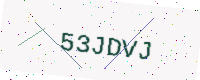
Text: 53JDVJ